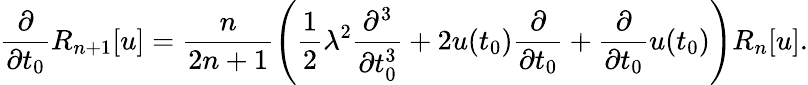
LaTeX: \frac{\partial}{\partial t_{0}}R_{n+1}[u]=\frac{n}{2n+1}\left(\frac{1}{2}\lambda^{2}\frac{\partial^{3}}{\partial t_{0}^{3}}+2u(t_{0})\frac{\partial}{\partial t_{0}}+\frac{\partial}{\partial t_{0}}u(t_{0})\right)R_{n}[u].